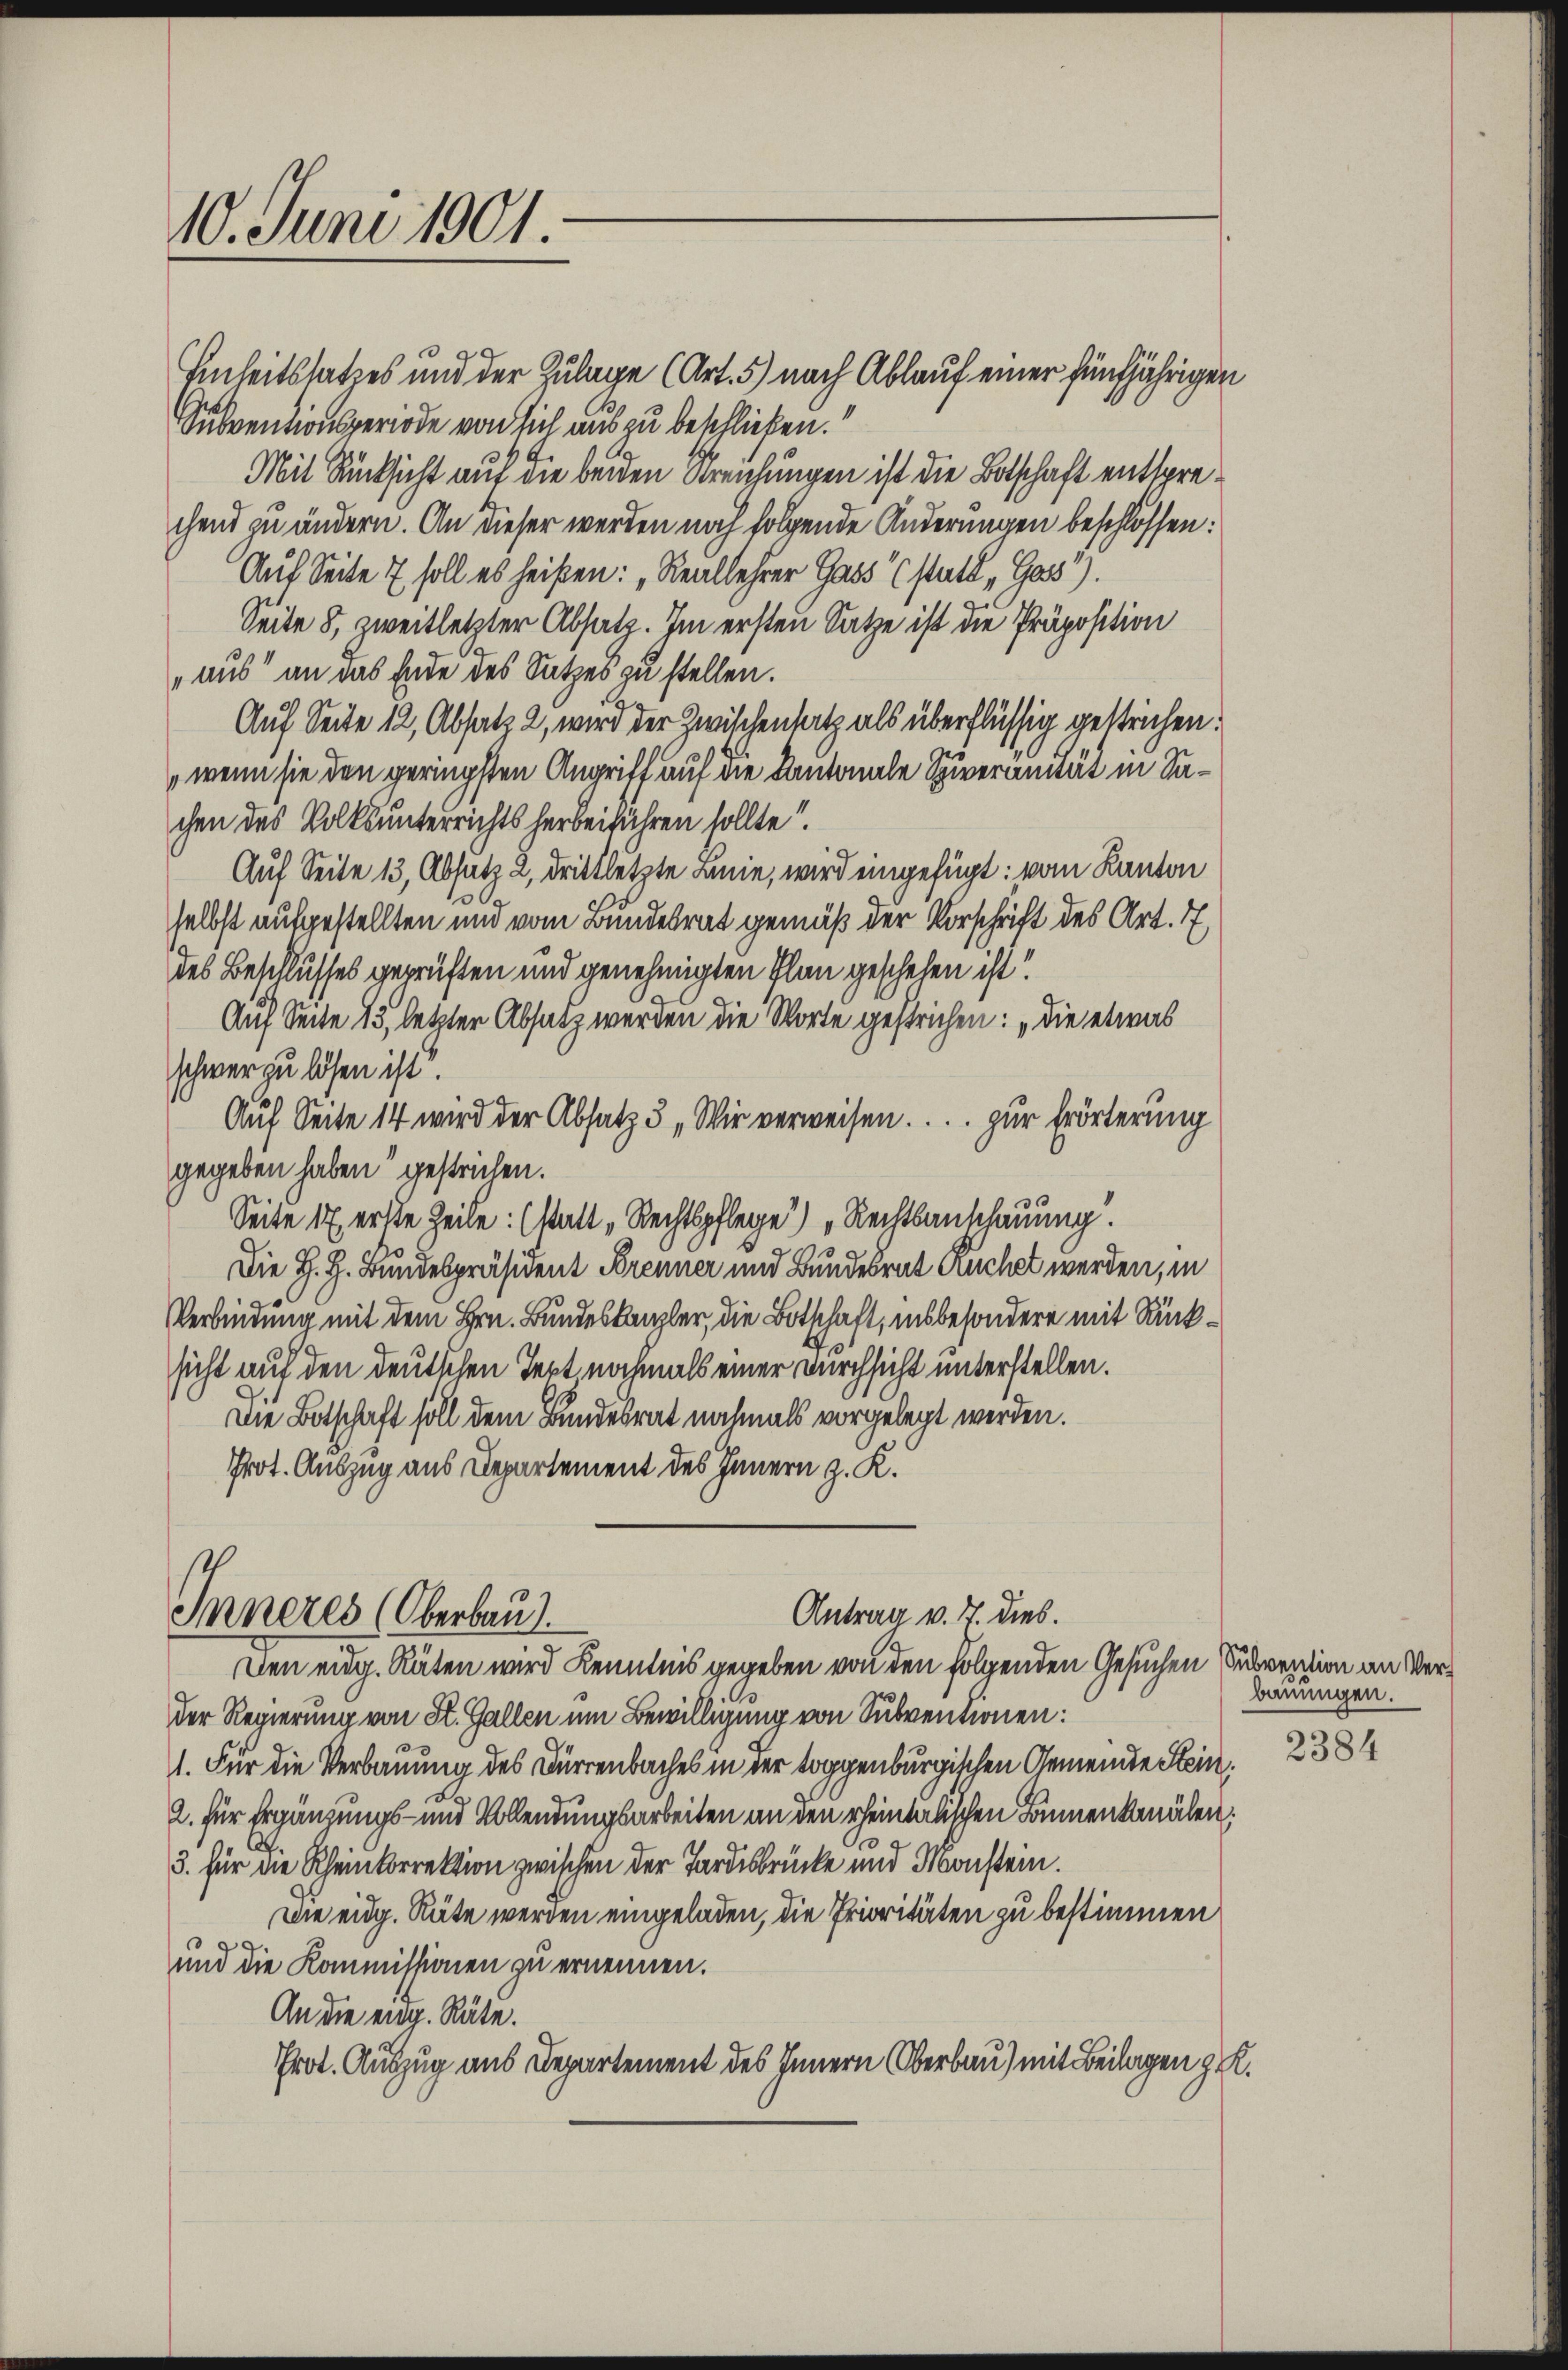
10. Juni 1901.

Einheitssatzes und der Zulage (Art. 5) nach Ablauf einer fünfjährigen
Subventionsperiode von sich aus zu beschließen.“
Mit Rücksicht auf die beiden Kreichungen ist die Botschaft entsprechend zu ändern. An dieser werden noch folgende Änderungen beschlossen:
Auf Seite 7 soll es heißen: „Reallehrer Gass“ (statt „Goss).
Seite 8, zweitletzter Absatz. Im ersten Satze ist die Präposition
„aus an das Ende des Satzes zu stellen.
Auf Seite 12, Absatz 2, wird der Zwischensatz als überflüssig gestrichen.
wenn sie den geringsten Angriff auf die Kantonale Spiveranität in Sachen des Volksunterrichts herbeiführen sollte
Auf Seite 13, Absatz 2, drittletzte Linie, wird eingefügt: vom Kanton
selbst aufgestellten und vom Bundesrat gemäß der Vorschrift des Art. 7
des Beschlusses gewüften und genehmigten Plan geschehen ist
Auf Seite 13, letzter Absatz werden die Worte gestrichen: „Die etwas
schwer zu lösen ist.
Auf Seite 14 wird der Absatz 5 „Wir verweisen. ... zur Erörterung
gegeben haben gestrichen.
Seite 17 erste Zeile: (statt „Rechtspflege) „Rechtsanschauung.
Die H. H. Bundespräsident Brenner und Bundesrat Ruchet werden, in
Verbindung mit dem Hrn. Bundeskanzler, die Botschaft, insbesondere mit Rücksicht auf den deutlichen Tert, nochmals einer Durchsicht unterstellen.
Die Botschaft soll dem Bundesrat nochmals vorgelegt werden.
Prot. Auszug aus Departement des Innern z. K.

Antrag v. 7. dies.
Inneres (Oberbau

Den eidg. Räten wird Kenntnis gegeben von den folgenden Gesuchen Subvention an Verder Regierung von St. Gallen um Bewilligung von Subventionen:
1. Für die Verbauung des Dürrenbaches in der toggenburgischen Gemeinde Stein.
2. für Ergänzungs- und Vollendungsarbeiten an den rheintalischen Bonnenkanälen:
.
3. für die Rheinkorrektion zwischen der Tardesbrücke und Monstein.
wie eidg. Räte werden eingeladen, die Prioritäten zu bestimmen
und die Kommissionen zu ernennen.
An die eig. Räte.
Prot. Auszug aus Departement des Innern Oberbau) mit Beilagen ge

bauungen.
2384